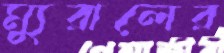
ম্যুরালের